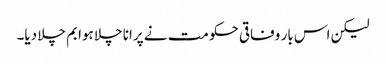
لیکن اس بار وفاقی حکومت نے پرانا چلا ہوا بم چلا دیا۔